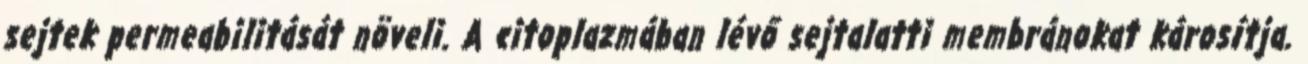
sejtek permeabilitását növeli. A citoplazmában lévő sejtalatti membránokat károsítja.